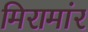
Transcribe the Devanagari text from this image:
मिरामांर